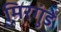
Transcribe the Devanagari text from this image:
मिरगुंडे